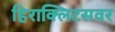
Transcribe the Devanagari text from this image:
हिराक्लिटसवर